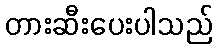
တားဆီးပေးပါသည်